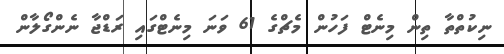
ނިކުތްތާ ތިން މިނެޓް ފަހުން މެޗްގެ 61 ވަނަ މިނެޓްގައި ރަޑްޖާ ނެންގޯލާން